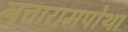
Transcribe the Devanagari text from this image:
नत्तारामपोथा